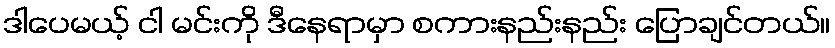
ဒါပေမယ့် ငါ မင်းကို ဒီနေရာမှာ စကားနည်းနည်း ပြောချင်တယ်။